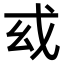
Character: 𢦙